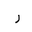
Letter: _ra